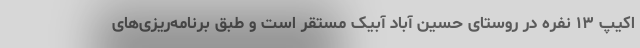
اکیپ ۱۳ نفره در روستای حسین آباد آبیک مستقر است و طبق برنامه‌ریزی‌های